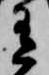
有